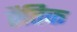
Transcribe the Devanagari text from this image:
रैतिक